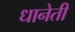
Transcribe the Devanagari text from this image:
धानेती